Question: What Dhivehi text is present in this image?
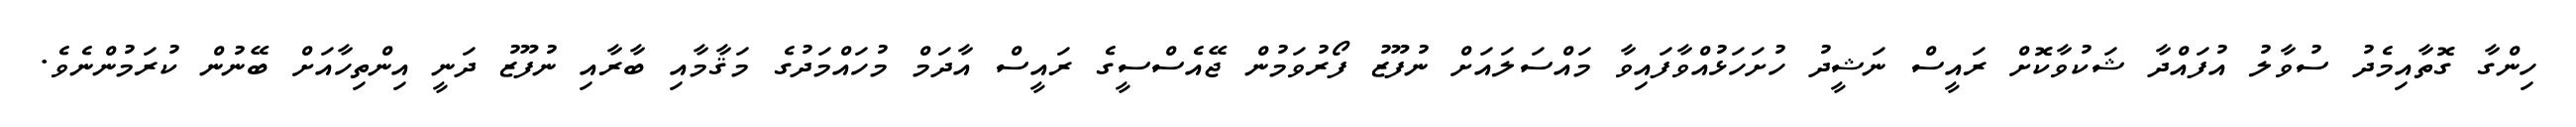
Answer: ހިންގާ ގޮތާއިމެދު ސުވާލު އުފައްދާ ޝަކުވާކޮށް ރައީސް ނަޝީދު ހުށަހަޅުއްވާފައިވާ މައްސަލައަށް ނުފޫޒު ފޯރުވަމުން ޖޭއެސްސީގެ ރައީސް އާދަމް މުހައްމަދުގެ މަޤާމާއި ބާރާއި ނުފޫޒު ދަނީ އިންތިހާއަށް ބޭނުން ކުރަމުންނެވެ.